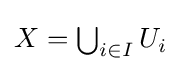
{\textstyle X=\bigcup _{i\in I}U_{i}}